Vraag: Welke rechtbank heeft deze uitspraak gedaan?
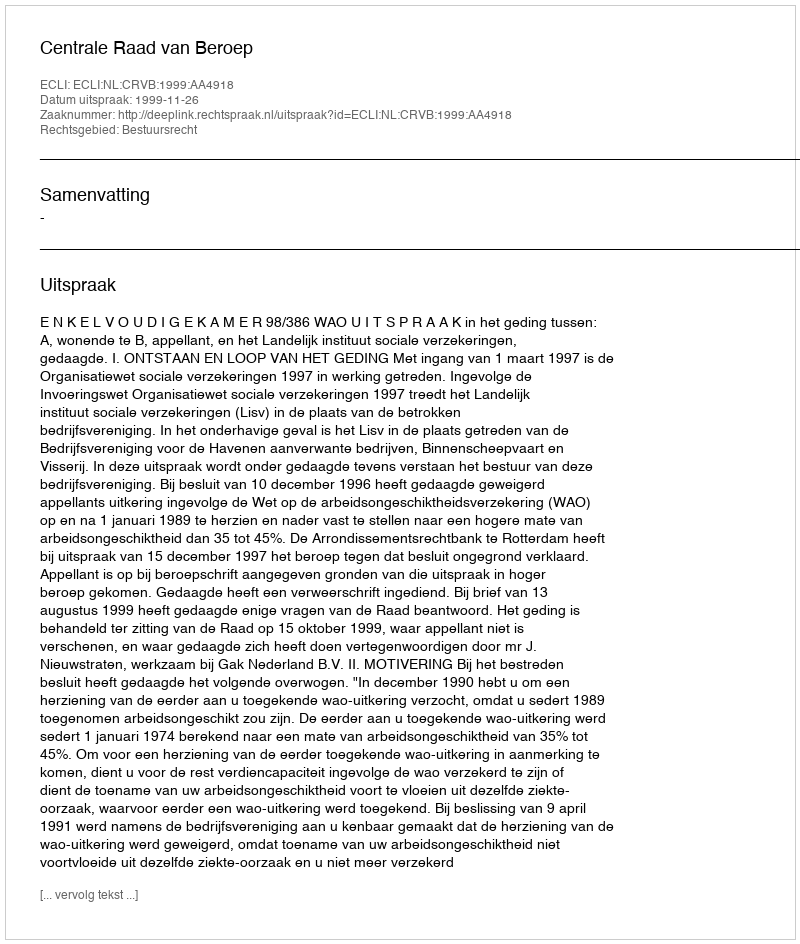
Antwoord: Centrale Raad van Beroep